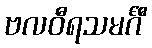
ဗလဝီရသမင်္ဂီ